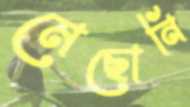
মেছোনি